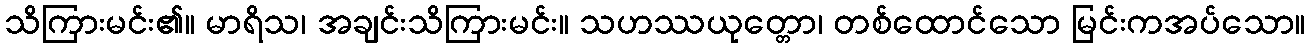
သိကြားမင်း၏။ မာရိသ၊ အချင်းသိကြားမင်း။ သဟဿယုတ္တော၊ တစ်ထောင်သော မြင်းကအပ်သော။